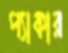
প্যাকার